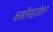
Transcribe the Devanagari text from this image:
कार्बोनाइज़ेशन